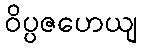
ဝိပ္ပဇဟေယျ